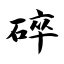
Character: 碎